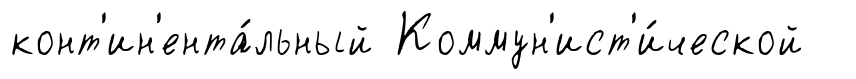
конт'ин'ента́льный Коммун'ист'и́ческой